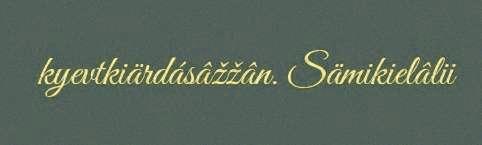
kyevtkiärdásâžžân. Sämikielâlii